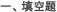
一、填空题